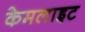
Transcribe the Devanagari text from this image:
केमलाइट